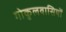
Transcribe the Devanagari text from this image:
गोकुलवासियों